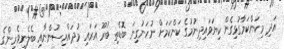
އަދި މިކަންކަމާގުޅިގެން ކިޔަވައިދިނުމުގެ ކަންކަމަށް ނުހަނުގިނަ ބޮޑެތި ބުރޫ އަރައި މުދައްރިސުންނާއި ބެލެނިވެރިންގެ